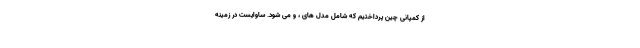
از کمپانی چین پرداختیم که شامل مدل های ، و می شود. ساوایست در زمینه